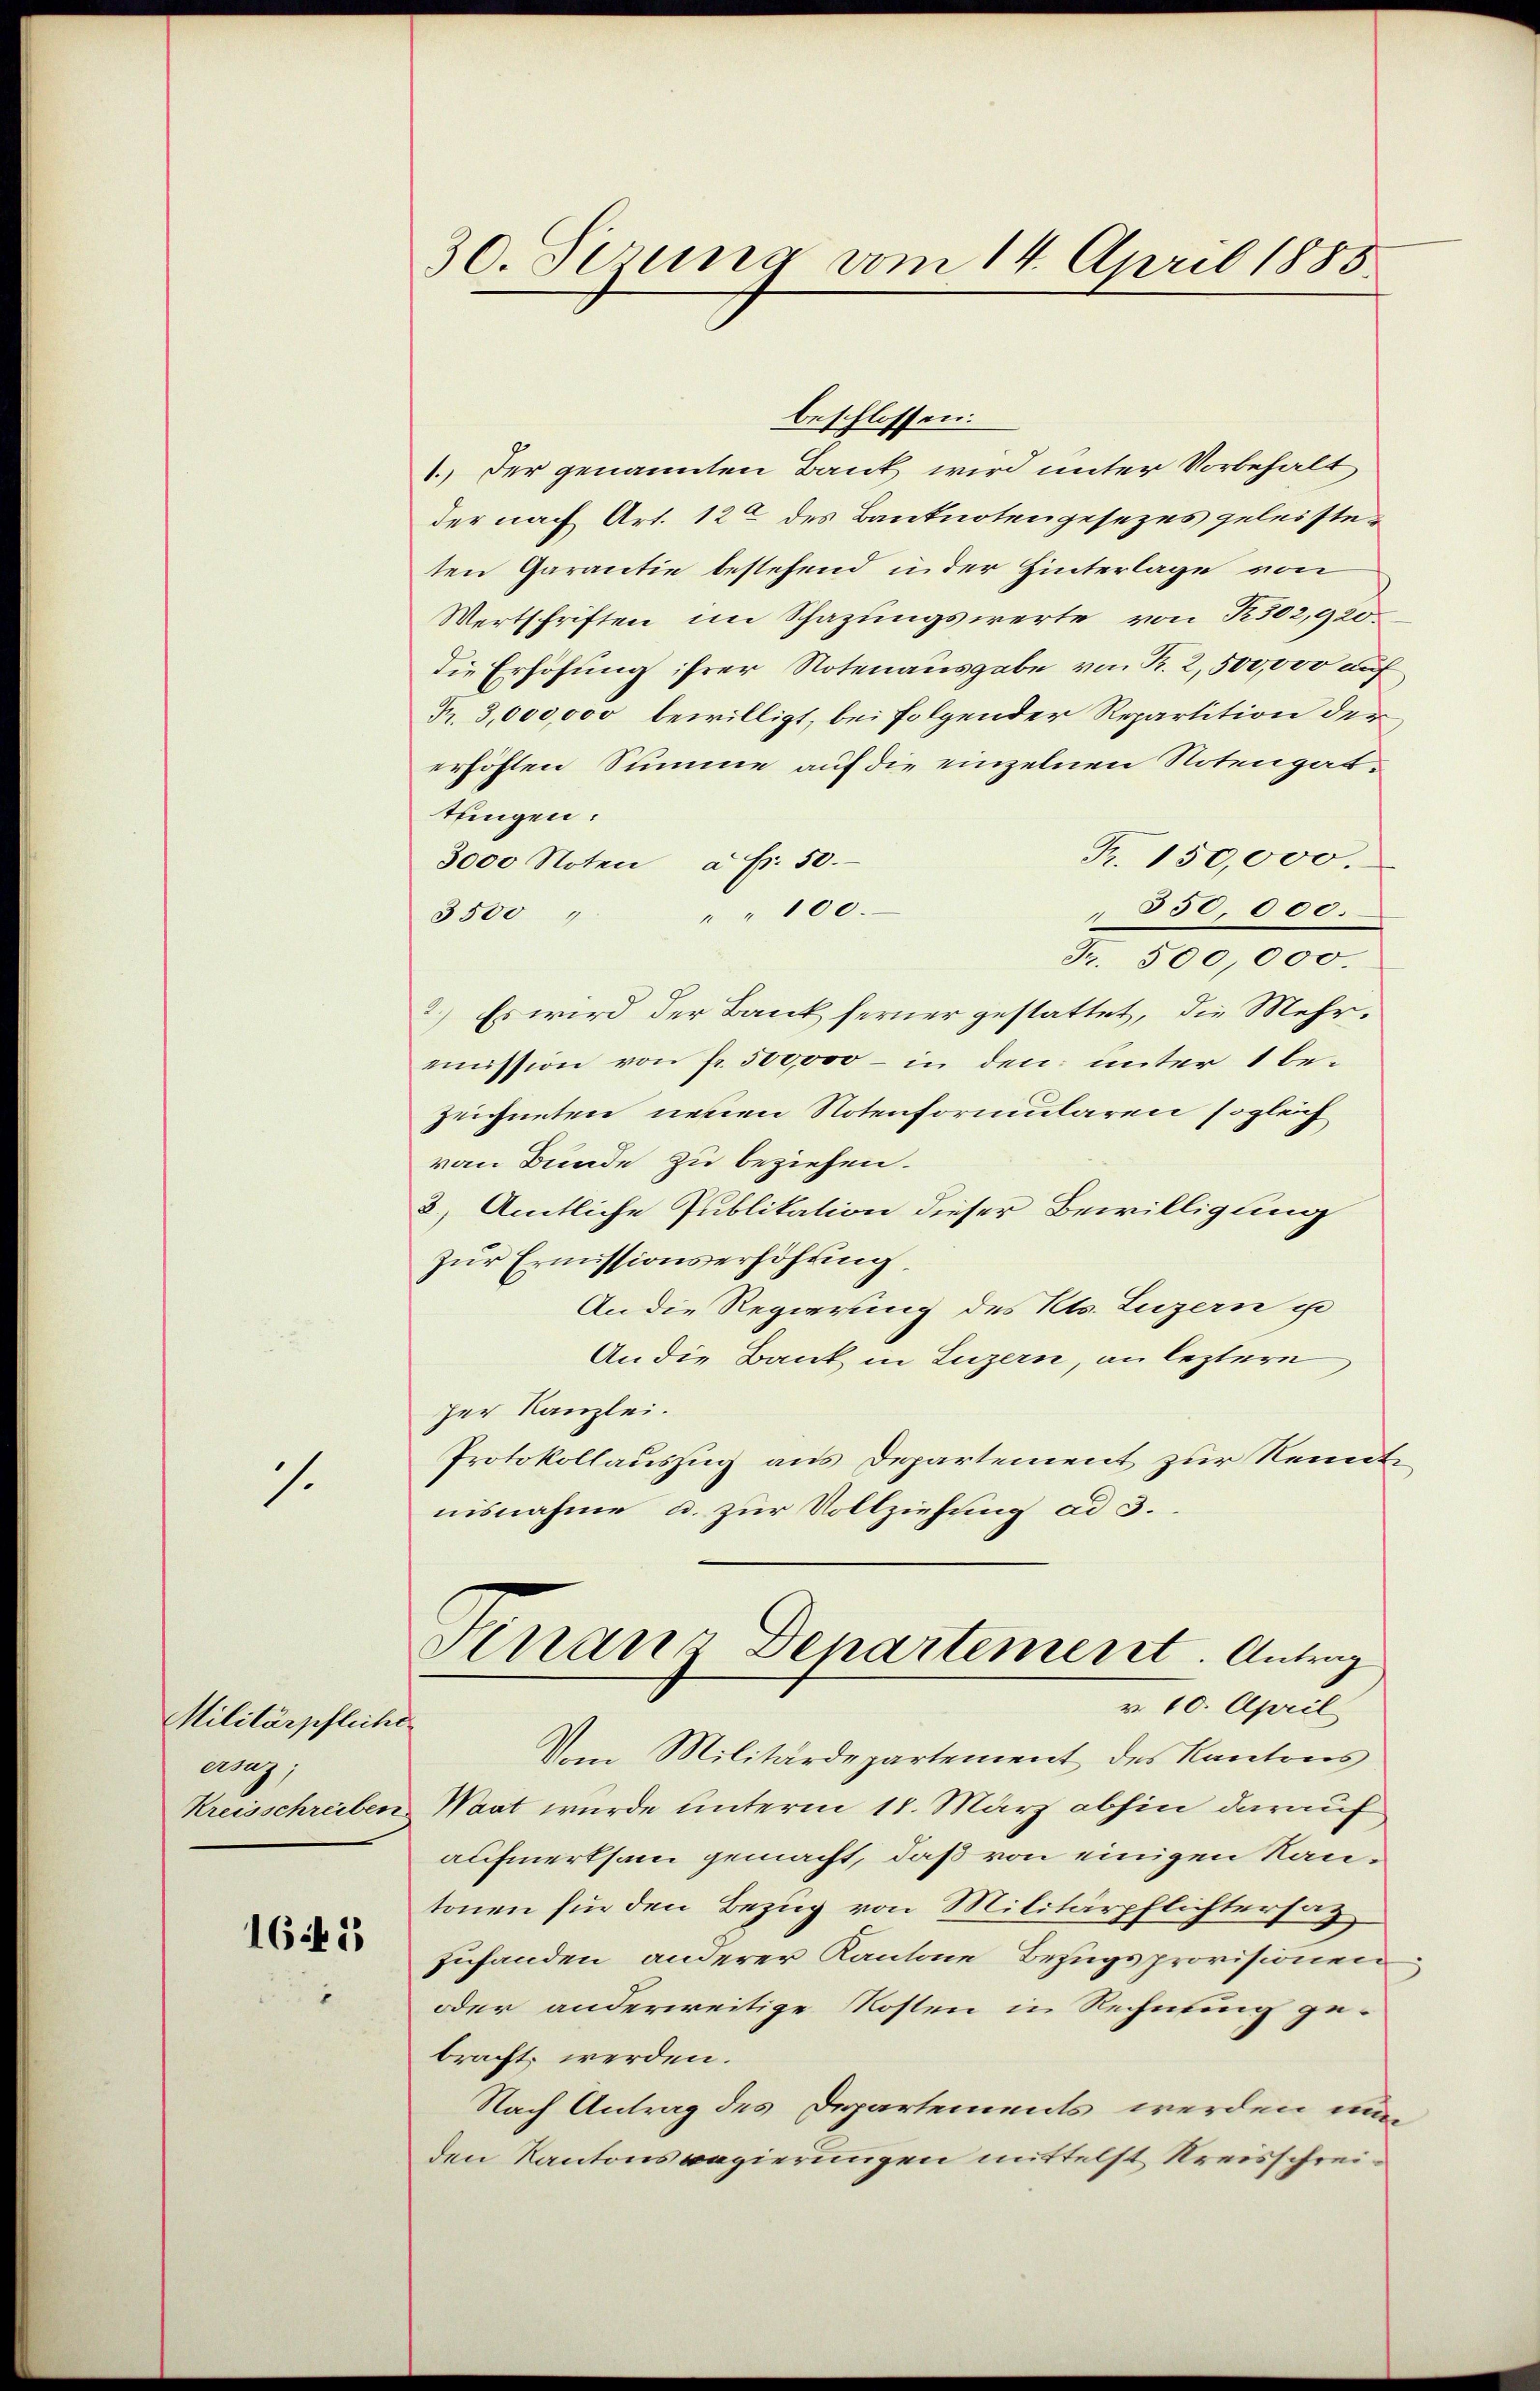
.

Militärpfliche
ersaz;

161

30. Perung vom 14. April 1883.

beschlossen:
1.) Der genannten Bank wird unter Vorbehalt
der nach Art. 12 des Banknotengesezes geleisteten Garantie bestehend in der Hinterlage von
Wertschriften im Schazungswerte von 302,920.
die Erhöhung ihrer Notenausgabe von Kr. 2,500,000 auf
F. 3,000,000 bewilligt, bei folgender Repartition der
erhöften Summe auf die einzelnen Notengattungen:
Fr. 150,000.
3000 Noten à Fr. 50.
350,000.
" " 100.
3500
Fr. 500,000.
2.) Es wird der Bank ferner gestattet, die Mehrmmission von fr. 500,000 - in den unter 1 bezeichneten neuen Notenformularen sogleich
von Bunde zu beziehen.
2) Amtliche Publikation dieser Bewilligung
zŭr Ermissionserhöhŭng.
An die Regierung des Kts. Luzern ge
An die Bank in Luzern, an leztere
zer Kanzlei.
Protokollauszug aus Departement zur Kenntnisnahme u. zur Vollziehung ad 3.
Finanz Departement. Antrag
v. 10. April
Vom Militärdepartement des Kantons
Kreisschreiben Waat wurde unterm 11. März abhin darauf
aufmerksam gemacht, daß von einigen Rantonen für den Bezug von Militärpflichtersag
zufanden anderer Kantone Bezugsprovisionen
oder anderweitige Kosten in Rechnung gebracht werden.
Nach Antrag des Departements werden nun
den Kantonsregierungen mittelst Kreisschrei¬